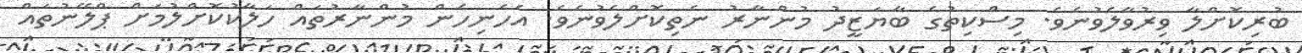
ބުރިކޮށްލާ ވިރުވާލެވުނެވެ. މިސްކިތުގެ ބާޔަޒީދު މުންނާރު ނެތިކޮށްލެވުނެވެ. އެހެނިހެން މުންނާރުތައް ހަލާކުކޮށްލުމަށް ޕްލޭނުތައް